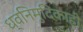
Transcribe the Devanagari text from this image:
ध्वनिमुदिकाही